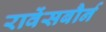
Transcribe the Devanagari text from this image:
रावेंसबौर्न